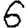
Digit: 6